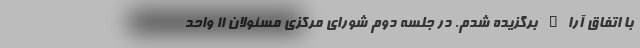
با اتفاق آراء برگزیده شدم. در جلسه دوم شورای مرکزی مسئولان ۱۱ واحد